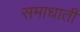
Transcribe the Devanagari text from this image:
समाधाती